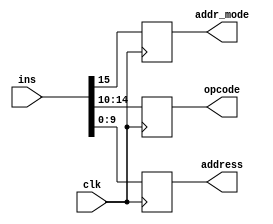
`timescale 1ns / 1ps
//////////////////////////////////////////////////////////////////////////////////
// Company: 
// 
// Design Name: 
// Module Name: InstReg
// Project Name: 
// Target Devices: 
// Tool Versions: 
// Description: 
// 
// Dependencies: 
// 
// Revision:
// Revision 0.01 - File Created
// Additional Comments:
// 
//////////////////////////////////////////////////////////////////////////////////


module InstReg(addr_mode,opcode,address,clk,ins);
    input clk;
    input [15:0] ins;
    output reg addr_mode;
    output reg [4:0] opcode;
    output reg [9:0] address;

    always @(posedge clk) begin
        addr_mode <= ins[15];
        opcode <= ins[14:10];
        address <= ins[9:0];
    end
endmodule